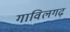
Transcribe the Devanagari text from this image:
गाविलगढ़